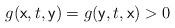
LaTeX: \begin{align*}g(\mathsf{x},t,\mathsf{y})=g(\mathsf{y},t,\mathsf{x})>0\end{align*}